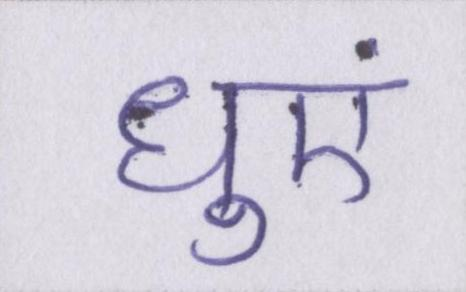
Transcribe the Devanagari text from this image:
धुएं